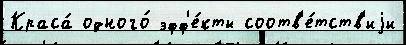
Краса́ одного́ эфф'е́кты соотв'е́тств'иjи